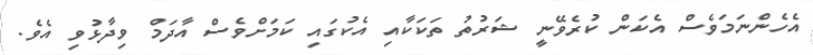
އެހެންނަމަވެސް އެކަން ކުރެވޭނީ ޝަރުތު ތަކަކާއި އެކުގައި ކަމަށްވެސް އާދަމް ވިދާޅުވި އެވެ.